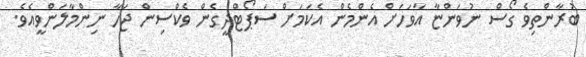
ބުރާންތިވެ ގޯސް ނުވަންޏާ އާވަހަށް އެންމެން އެކަމަށް ސަޕޯޓްދީގެން ވެކްސިން ޖަހާ ނިންމާލަންވީއެވެ.